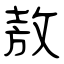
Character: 敖